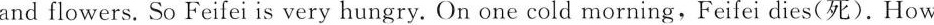
and flowers. So Feifei is very hungry. On one cold morning,Feifei dies(死). How